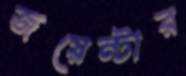
জয়েন্টার